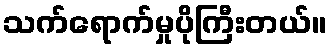
သက်ရောက်မှုပိုကြီးတယ်။